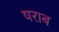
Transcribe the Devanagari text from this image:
षराब